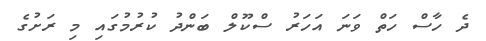
ދެ ހާސް ހަތް ވަނަ އަހަރު ސްކޫލް ބަންދު ކުރުމުގައި މި ރަށުގެ